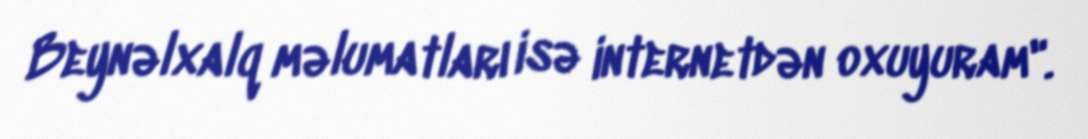
Beynəlxalq məlumatları isə internetdən oxuyuram".